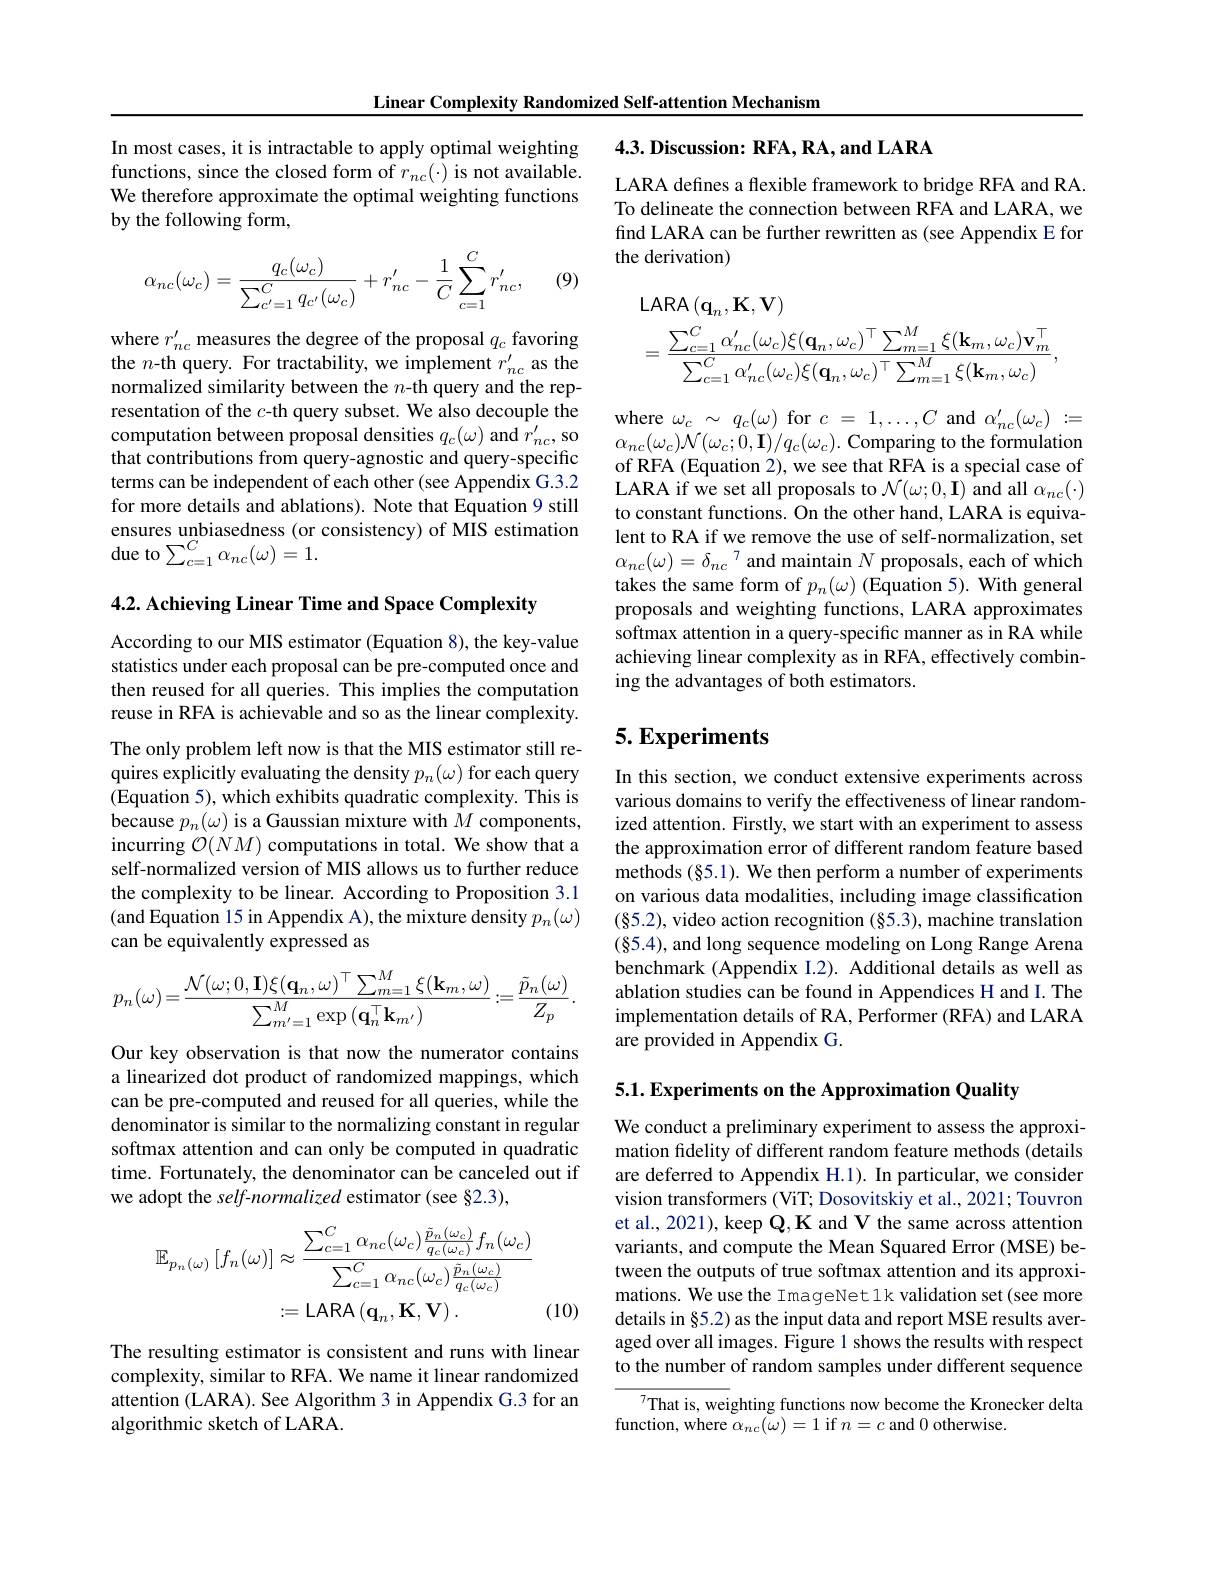
Linear Complexity Randomized Self-attention Mechanism

In most cases, it is intractable to apply optimal weighting functions, since the closed form of $r_{nc}(\cdot)$ is not available. We therefore approximate the optimal weighting functions by the following form,

(9)
$$\alpha_{nc}(\omega_c)=\frac{q_c(\omega_c)}{\sum_{c'=1}^Cq_{c'}(\omega_c)}+r_{nc}'-\frac{1}{C}\sum_{c=1}^Cr_{nc}',$$
where $r_nc^{\prime}$ measures the degree of the proposal $q_c$ favoring the $n$-th query. For tractability, we implement $r_nc^{\prime}$ as the normalized similarity between the $n$-th query and the representation of the $c$-th query subset. We also decouple the computation between proposal densities $q_c(\omega)$ and $r_nc^{\prime}$, so that contributions from query-agnostic and query-specific terms can be independent of each other (see Appendix G.3.2 for more details and ablations). Note that Equation 9 still ensures unbiasedness (or consistency) of MIS estimation due to$\sum_c=1^C\alpha_{nc}(\omega)=1.$

4.2. Achieving Linear Time and Space Complexity

According to our MIS estimator (Equation 8), the key-value statistics under each proposal can be pre-computed once and then reused for all queries. This implies the computation reuse in RFA is achievable and so as the linear complexity. The only problem left now is that the MIS estimator still requires explicitly evaluating the density $p_n(\omega)$ for each query (Equation 5), which exhibits quadratic complexity. This is because $p_n(\omega)$ is a Gaussian mixture with $M$ components, incurring $\mathcal{O}(NM)$ computations in total. We show that a self-normalized version of MIS allows us to further reduce the complexity to be linear. According to Proposition 3.1 (and Equation 15 in Appendix A), the mixture density $p_n(\omega)$ can be equivalently expressed as
$$p_{n}(\omega)=\frac{\mathcal{N}(\omega;0,\mathbf{I})\xi(\mathbf{q}_{n},\omega)^{\top}\sum_{m=1}^{M}\xi(\mathbf{k}_{m},\omega)}{\sum_{m'=1}^{M}\exp{(\mathbf{q}_{n}^{\top}\mathbf{k}_{m'})}}:=\frac{\tilde{p}_{n}(\omega)}{Z_{p}}.$$
Our key observation is that now the numerator contains a linearized dot product of randomized mappings, which can be pre-computed and reused for all queries, while the denominator is similar to the normalizing constant in regular softmax attention and can only be computed in quadratic time. Fortunately, the denominator can be canceled out if we adopt the self-normalized estimator (see §2.3),
$$\begin{aligned}\mathbb{E}_{p_{n}(\omega)}\left[f_{n}(\omega)\right]&\approx\frac{\sum_{c=1}^{C}\alpha_{nc}(\omega_{c})\frac{\tilde{p}_{n}(\omega_{c})}{q_{c}(\omega_{c})}f_{n}(\omega_{c})}{\sum_{c=1}^{C}\alpha_{nc}(\omega_{c})\frac{\tilde{p}_{n}(\omega_{c})}{q_{c}(\omega_{c})}}\\&:=\mathrm{LARA}\left(\mathbf{q}_{n},\mathbf{K},\mathbf{V}\right).\end{aligned}$$
(10)

The resulting estimator is consistent and runs with linear complexity, similar to RFA. We name it linear randomized attention (LARA). See Algorithm 3 in Appendix G.3 for an algorithmic sketch of LARA.

4.3. Discussion: RFA, RA, and LARA

LARA defines a flexible framework to bridge RFA and RA. To delineate the connection between RFA and LARA, we find LARA can be further rewritten as (see Appendix E for the derivation)
$$\begin{aligned}&\mathrm{LARA}\left(\mathbf{q}_{n},\mathbf{K},\mathbf{V}\right)\\&=\frac{\sum_{c=1}^{C}\alpha_{nc}^{\prime}(\omega_{c})\xi(\mathbf{q}_{n},\omega_{c})^{\top}\sum_{m=1}^{M}\xi(\mathbf{k}_{m},\omega_{c})\mathbf{v}_{m}^{\top}}{\sum_{c=1}^{C}\alpha_{nc}^{\prime}(\omega_{c})\xi(\mathbf{q}_{n},\omega_{c})^{\top}\sum_{m=1}^{M}\xi(\mathbf{k}_{m},\omega_{c})},\end{aligned}$$
where $\omega_{c}\sim q_{c}(\omega)$ for $c=1,\ldots,C$ and $\alpha_nc^{\prime}(\omega_{c}):=$ $\alpha_{nc}(\omega_{c})\mathcal{N}(\omega_{c};0,\mathbf{I})/q_{c}(\omega_{c}).$ Comparing to the formulation of RFA (Equation 2), we see that RFA is a special case of LARA if we set all proposals to $\mathcal{N}(\omega;0,\mathbf{I})$ and all $\alpha_nc(\cdot)$ to constant functions. On the other hand, LARA is equivalent to RA if we remove the use of self-normalization, set $\alpha_{nc}(\omega)=\delta_{nc}^7$ and maintain $N$ proposals, each of which takes the same form of $p_n(\omega)$ (Equation 5). With general proposals and weighting functions, LARA approximates softmax attention in a query-specific manner as in RA while achieving linear complexity as in RFA, effectively combining the advantages of both estimators.

## 5. Experiments

In this section, we conduct extensive experiments across various domains to verify the effectiveness of linear randomized attention. Firstly, we start with an experiment to assess the approximation error of different random feature based methods (§5.1). We then perform a number of experiments on various data modalities, including image classification $(\S5.2)$, video action recognition (§5.3), machine translation $(\S5.4)$, and long sequence modeling on Long Range Arena benchmark (Appendix I.2). Additional details as well as ablation studies can be found in Appendices H and I. The implementation details of RA, Performer (RFA) and LARA are provided in Appendix G.

5.1. Experiments on the Approximation Quality

We conduct a preliminary experiment to assess the approximation fidelity of different random feature methods (details are deferred to Appendix H.1). In particular, we consider vision transformers (ViT; Dosovitskiy et al., 2021; Touvron et al., 2021), keep Q, K and V the same across attention variants, and compute the Mean Squared Error (MSE) between the outputs of true softmax attention and its approximations. We use the ImageNet 1k validation set (see more details in §5.2) as the input data and report MSE results averaged over all images. Figure 1 shows the results with respect to the number of random samples under different sequence

That is, weighting functions now become the Kronecker delta
function, where $\alpha_{nc}(\omega)=1$ if $n=c$ and 0 otherwise.